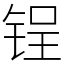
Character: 锃